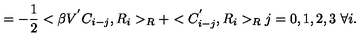
= - \frac { 1 } { 2 } < \beta V ^ { ' } C _ { i - j } , R _ { i } > _ { R } + < C _ { i - j } ^ { ' } , R _ { i } > _ { R } j = 0 , 1 , 2 , 3 \ \forall i .